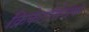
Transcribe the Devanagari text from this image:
क्रिकेटोत्तेजक